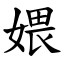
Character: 㛱